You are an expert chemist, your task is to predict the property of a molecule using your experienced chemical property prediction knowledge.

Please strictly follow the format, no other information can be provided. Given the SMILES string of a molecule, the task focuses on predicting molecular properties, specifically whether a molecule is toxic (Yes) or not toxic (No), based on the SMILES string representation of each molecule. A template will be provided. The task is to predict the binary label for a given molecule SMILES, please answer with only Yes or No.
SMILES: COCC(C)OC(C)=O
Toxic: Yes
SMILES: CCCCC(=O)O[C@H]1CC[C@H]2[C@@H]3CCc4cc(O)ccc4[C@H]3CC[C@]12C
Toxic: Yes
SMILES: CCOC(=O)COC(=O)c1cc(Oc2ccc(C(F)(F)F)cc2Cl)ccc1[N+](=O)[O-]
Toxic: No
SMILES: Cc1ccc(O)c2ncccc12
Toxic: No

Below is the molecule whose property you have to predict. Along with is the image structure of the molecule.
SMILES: Cc1nccn1-c1ccc(Sc2cccc(C3(C(N)=O)CCOCC3)c2)cc1
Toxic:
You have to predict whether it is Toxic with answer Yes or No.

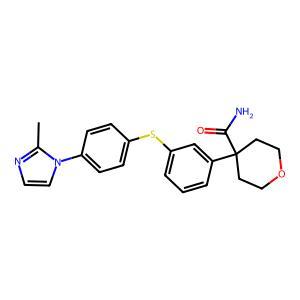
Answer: No